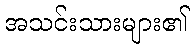
အသင်းသားများ၏